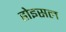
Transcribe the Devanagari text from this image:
होइसल